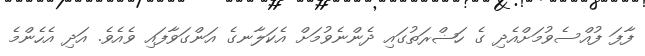
ފާފަ ފުއްސެވުމަށްއެދި ގެ ހަޟްރަތުގައި ދެންނެވުމަށް އެކަލާނގެ އަންގަވާފައި ވެއެވެ. އަދި އެހެންމެ